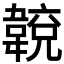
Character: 𩏈